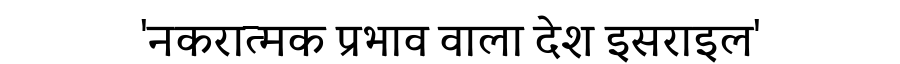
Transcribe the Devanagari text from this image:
'नकरात्मक प्रभाव वाला देश इसराइल'